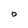
Character: D